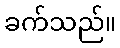
ခက်သည်။